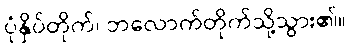
ပုံနှိပ်တိုက်၊ ဘလောက်တိုက်သို့သွား၏။